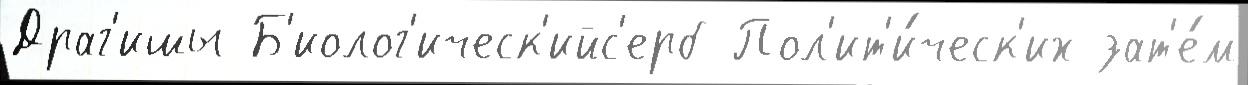
Драг'ишы Б'иолог'ическ'ийс'ерб Пол'ит'и́ческ'их зат'е́м